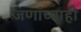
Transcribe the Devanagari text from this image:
जणांच्याही